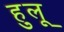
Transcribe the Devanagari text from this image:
हुलू